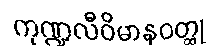
ကုဏ္ဍလီဝိမာနဝတ္ထု